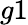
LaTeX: g1